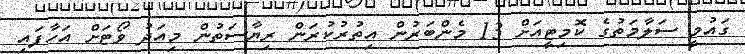
ގައުމީ ސަލާމަތުގެ ކޮމިޓީއަށް 13 މެންބަރުން އިތުރުކުރަން ރިޔާސަތުން މިއަދު ވޯޓަށް އަހާފައި